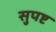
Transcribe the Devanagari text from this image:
सुपष्ट